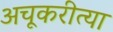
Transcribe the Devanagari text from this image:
अचूकरीत्या